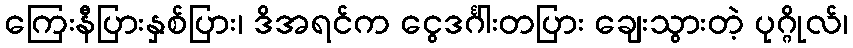
ကြေးနီပြားနှစ်ပြား၊ ဒိအရင်က ငွေဒင်္ဂါးတပြား ချေးသွားတဲ့ ပုဂ္ဂိုလ်၊